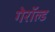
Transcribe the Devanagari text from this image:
गेरॉल्ड